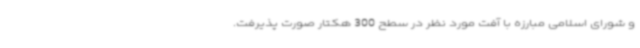
و شورای اسلامی مبارزه با آفت مورد نظر در سطح 300 هکتار صورت پذیرفت.